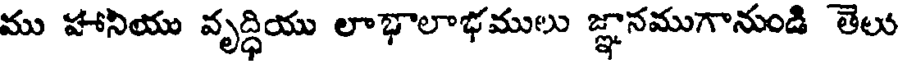
ము హానియు వృద్ధియు లాభాలాభములు జ్ఞానముగానుండి తెలు